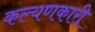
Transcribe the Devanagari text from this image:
कल्यणकारी